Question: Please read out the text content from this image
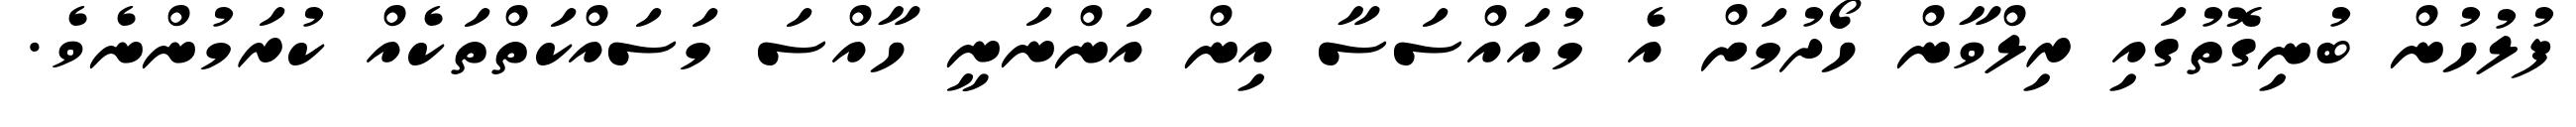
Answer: ފުލުހުން ބުނިގޮތުގައި ރިލްވާން ހޯދުމަށް އެ މުއައްސަސާ އިން އަންނަނީ ހާއްސަ މަސައްކަތްތަކެއް ކުރަމުންނެވެ.